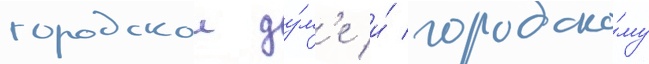
городскои ду́м'е и́ городско́му